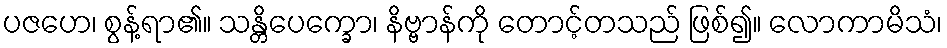
ပဇဟေ၊ စွန့်ရာ၏။ သန္တိပေက္ခော၊ နိဗ္ဗာန်ကို တောင့်တသည် ဖြစ်၍။ လောကာမိသံ၊